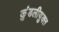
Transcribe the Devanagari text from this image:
कुंडलीयुक्त